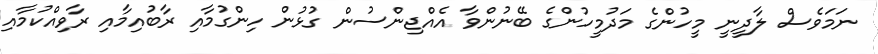
ނަމަވެސް ލާދީނީ މީހުންގެ މަދުމީހުންގެ ބޭނުންވާ އެއްޖިންސުން ގުޅުން ހިންގުމާއި ރާބުއިމާއި ރާވިއްކުމާއި